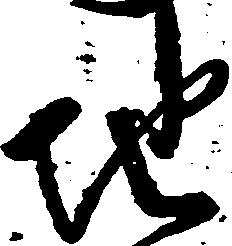
地